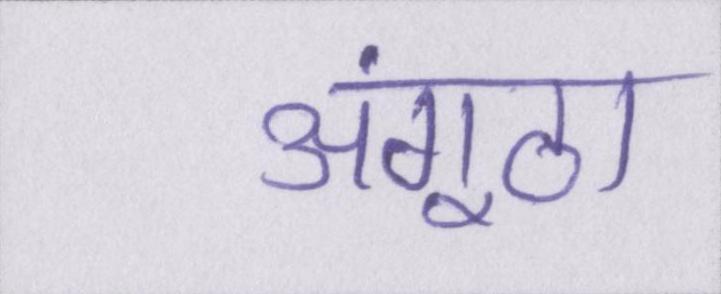
अंगूठा